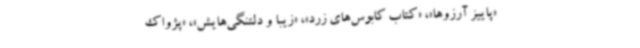
«پاییز آرزوها»، «کتاب کابوس‌های زرد»، «زیبا و دلتنگی‌هایش»، «پژواک